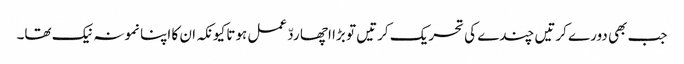
جب بھی دورے کرتیں چندے کی تحریک کرتیں تو بڑا اچھا ردّ عمل ہوتا کیونکہ ان کا اپنا نمونہ نیک تھا۔